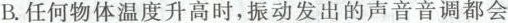
B.任何物体温度升高时，振动发出的声音音调都会